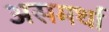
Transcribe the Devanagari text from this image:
असमर्था